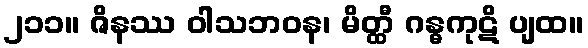
၂၁၁။ ဇိနဿ ဝါသဘဝန၊ မိတ္ထီ ဂန္ဓကုဋိ ပျထ။